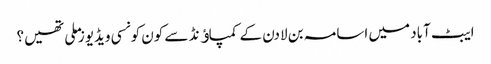
ایبٹ آباد میں اسامہ بن لادن کے کمپاﺅنڈ سے کون کونسی ویڈیوز ملی تھیں؟